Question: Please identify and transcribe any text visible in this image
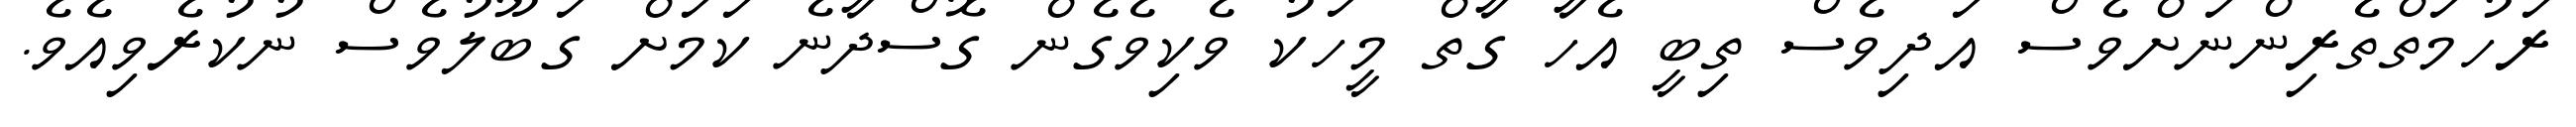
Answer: ރަހުމަތްތެރިންނަށްވެސް އަދިވެސް ތިބީ އެހާ ގާތް މީހަކު ވެކިވެގެން ގޮސްދާނެ ކަމަށް ގަބޫލުވެސް ނުކުރެވިއެވެ.